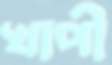
খাপী